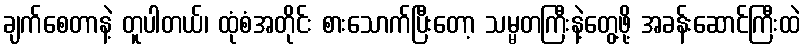
ချက်စေတာနဲ့ တူပါတယ်၊ ထုံစံအတိုင်း စားသောက်ပြီးတော့ သမ္မတကြီးနဲ့တွေ့ဖို့ အခန်းဆောင်ကြီးထဲ